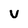
Character: V